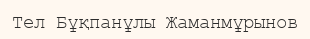
Тел Бұқпанұлы Жаманмұрынов